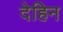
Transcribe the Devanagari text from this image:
देहिन